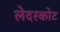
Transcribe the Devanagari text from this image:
लेदरकोट